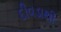
દીવડાથી